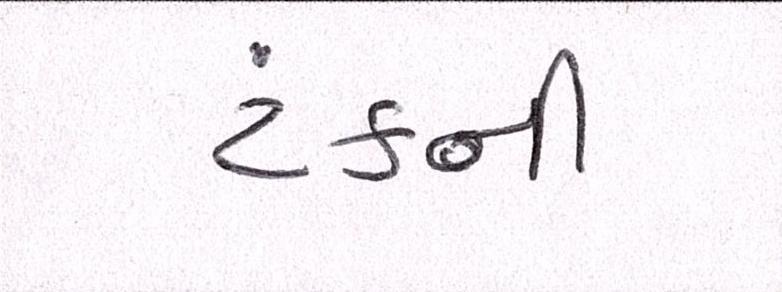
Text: ટંકની